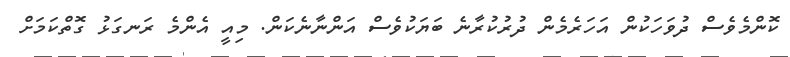
ކޮންމެވެސް ދުވަހަކުން އަހަރެމެން ދުރުކުރާނެ ބަޔަކުވެސް އަންނާނެކަން. މިއީ އެންމެ ރަނގަޅު ގޮތްކަމަށް